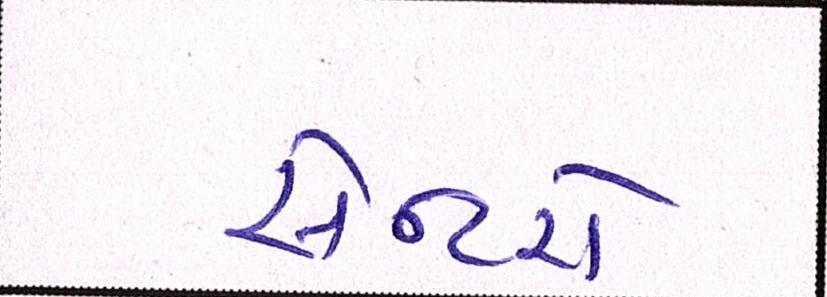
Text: સેન્ટરો